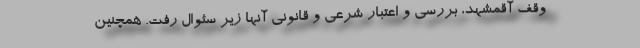
وقف آقمشهد، بررسی و اعتبار شرعی و قانونی آنها زیر سئوال رفت. همچنین